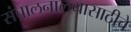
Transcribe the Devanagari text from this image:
संचालनालयासाठीचे